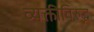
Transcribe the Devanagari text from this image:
व्यक्तीविरुद्ध